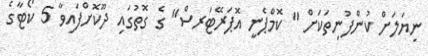
ނިޔަލަށް ކުންފުނިތަކަށް " ކޮމްޕެނީ އޮޕަރޭޓަރސް" ގެ ގޮތުގައި ދޫކޮށްފައިވާ 5 ކޯޓާގެ